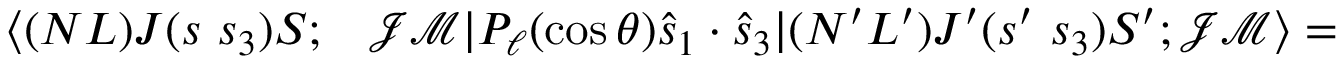
\begin{array} { r l } { \langle ( N L ) J ( s ~ s _ { 3 } ) S ; } & { { } \mathcal { J } \mathcal { M } | P _ { \ell } ( \cos \theta ) \hat { s } _ { 1 } \cdot \hat { s } _ { 3 } | ( N ^ { \prime } L ^ { \prime } ) J ^ { \prime } ( s ^ { \prime } ~ s _ { 3 } ) S ^ { \prime } ; \mathcal { J } \mathcal { M } \rangle = } \end{array}